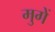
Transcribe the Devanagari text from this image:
मुगें